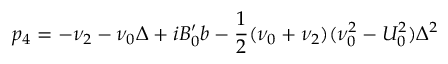
p _ { 4 } = - \nu _ { 2 } - \nu _ { 0 } \Delta + i B _ { 0 } ^ { \prime } b - \frac { 1 } { 2 } ( \nu _ { 0 } + \nu _ { 2 } ) ( \nu _ { 0 } ^ { 2 } - U _ { 0 } ^ { 2 } ) \Delta ^ { 2 }